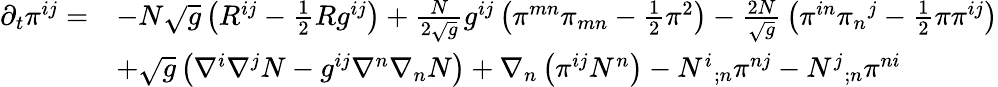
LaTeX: {\begin{array}{rl}{\partial_{t}\pi^{ij}=}&{-N{\sqrt{g}}\left(R^{ij}-{\frac{1}{2}}Rg^{ij}\right)+{\frac{N}{2{\sqrt{g}}}}g^{ij}\left(\pi^{mn}\pi_{mn}-{\frac{1}{2}}\pi^{2}\right)-{\frac{2N}{\sqrt{g}}}\left(\pi^{in}{\pi_{n}}^{j}-{\frac{1}{2}}\pi\pi^{ij}\right)}\\ &{+{\sqrt{g}}\left(\nabla^{i}\nabla^{j}N-g^{ij}\nabla^{n}\nabla_{n}N\right)+\nabla_{n}\left(\pi^{ij}N^{n}\right)-{N^{i}}_{;n}\pi^{nj}-{N^{j}}_{;n}\pi^{ni}}\end{array}}